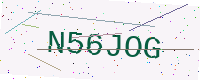
Text: N56JOG